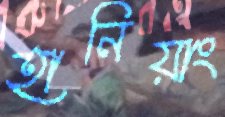
হানিয়াং